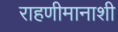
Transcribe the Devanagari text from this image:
राहणीमानाशी